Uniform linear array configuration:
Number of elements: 24
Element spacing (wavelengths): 0.25
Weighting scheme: exponential
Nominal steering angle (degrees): -45
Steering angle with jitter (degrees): -45.465
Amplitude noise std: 0.05
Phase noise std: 0.05

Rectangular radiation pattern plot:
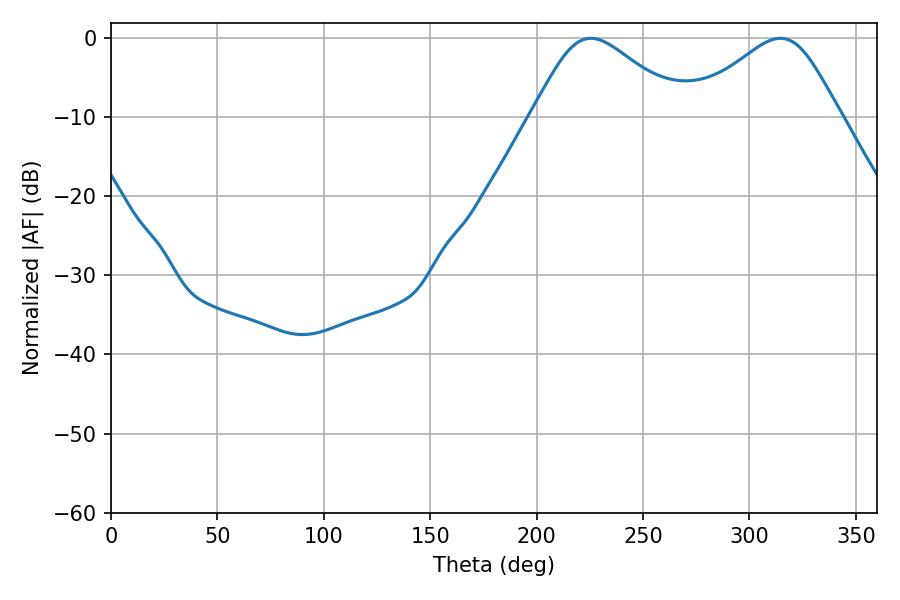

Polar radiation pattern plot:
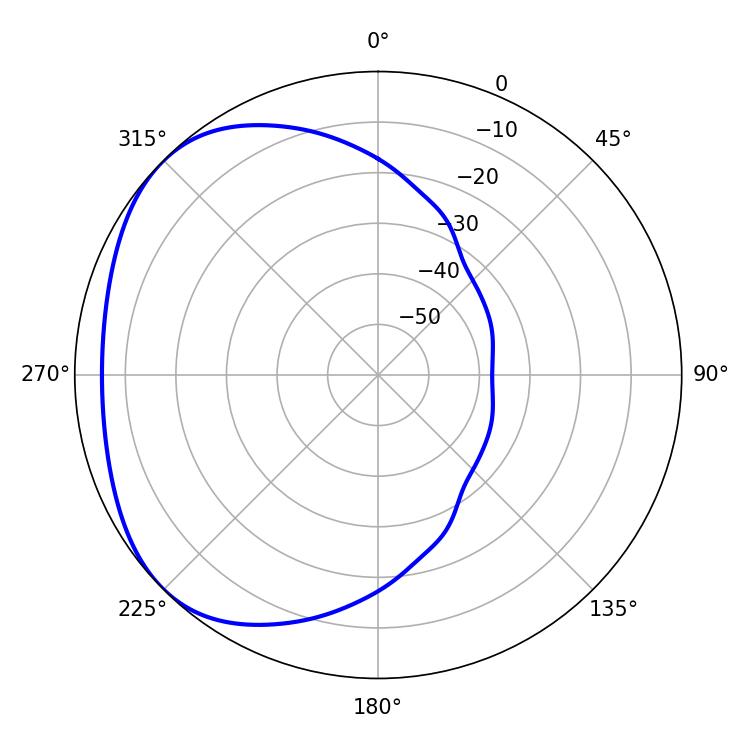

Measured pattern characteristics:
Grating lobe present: FALSE
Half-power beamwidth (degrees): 35.28
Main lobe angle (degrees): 225.54